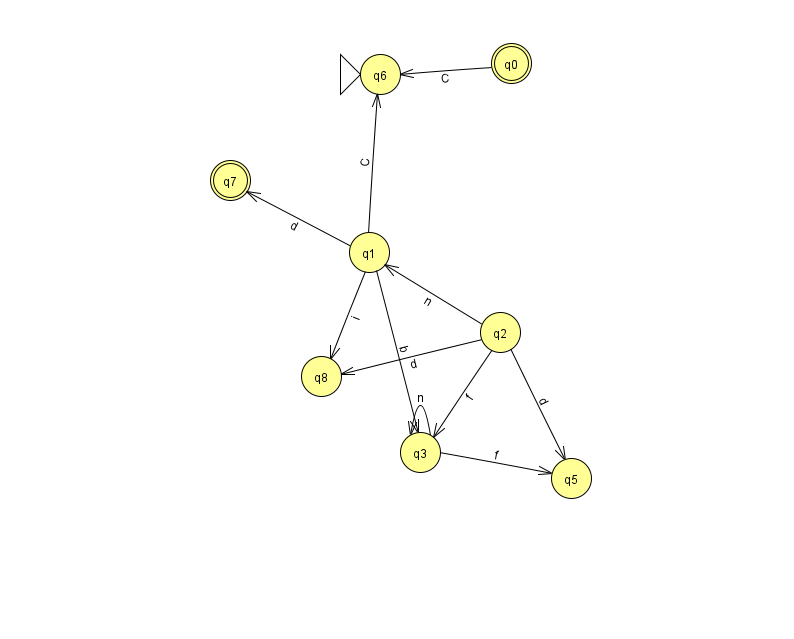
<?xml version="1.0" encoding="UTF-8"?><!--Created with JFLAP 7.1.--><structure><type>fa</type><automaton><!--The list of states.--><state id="0" name="q0"><x>511.0</x><y>50.0</y><final/></state><state id="1" name="q1"><x>369.0</x><y>239.0</y></state><state id="2" name="q2"><x>500.0</x><y>319.0</y></state><state id="3" name="q3"><x>420.0</x><y>439.0</y></state><state id="5" name="q5"><x>571.0</x><y>465.0</y></state><state id="6" name="q6"><x>380.0</x><y>61.0</y><initial/></state><state id="7" name="q7"><x>230.0</x><y>167.0</y><final/></state><state id="8" name="q8"><x>321.0</x><y>363.0</y></state><!--The list of transitions.--><transition><from>1</from><to>6</to><read>C</read></transition><transition><from>0</from><to>6</to><read>C</read></transition><transition><from>2</from><to>8</to><read>d</read></transition><transition><from>3</from><to>5</to><read>f</read></transition><transition><from>1</from><to>7</to><read>d</read></transition><transition><from>2</from><to>1</to><read>n</read></transition><transition><from>1</from><to>3</to><read>b</read></transition><transition><from>1</from><to>8</to><read>i</read></transition><transition><from>2</from><to>3</to><read>f</read></transition><transition><from>2</from><to>5</to><read>d</read></transition><transition><from>3</from><to>3</to><read>n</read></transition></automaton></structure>